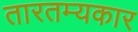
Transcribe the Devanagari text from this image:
तारतम्यकार